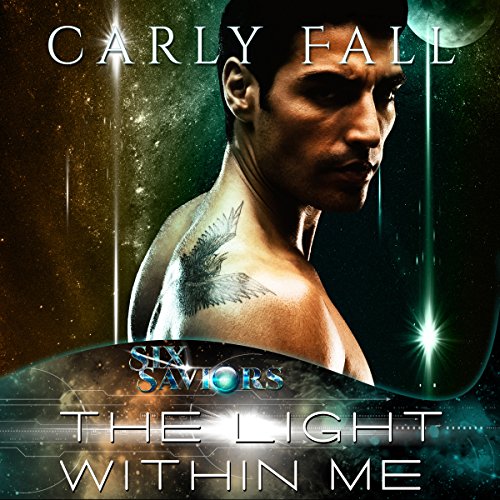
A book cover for The Light Within Me: Volume 1; Carly Fall; Romance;